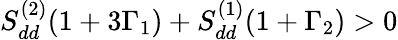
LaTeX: S_{dd}^{(2)}(1+3\Gamma_{1})+S_{dd}^{(1)}(1+\Gamma_{2})>0